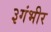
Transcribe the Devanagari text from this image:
३गंभीर